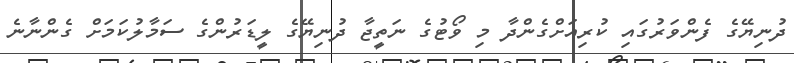
ދުނިޔޭގެ ފެންވަރުގައި ކުރިއަށްގެންދާ މި ވޯޓުގެ ނަތީޖާ ދުނިޔޭގެ ލީޑަރުންގެ ސަމާލުކަމަށް ގެންނާނެ